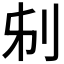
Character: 𠛔